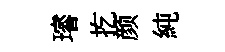
璿扢颜純